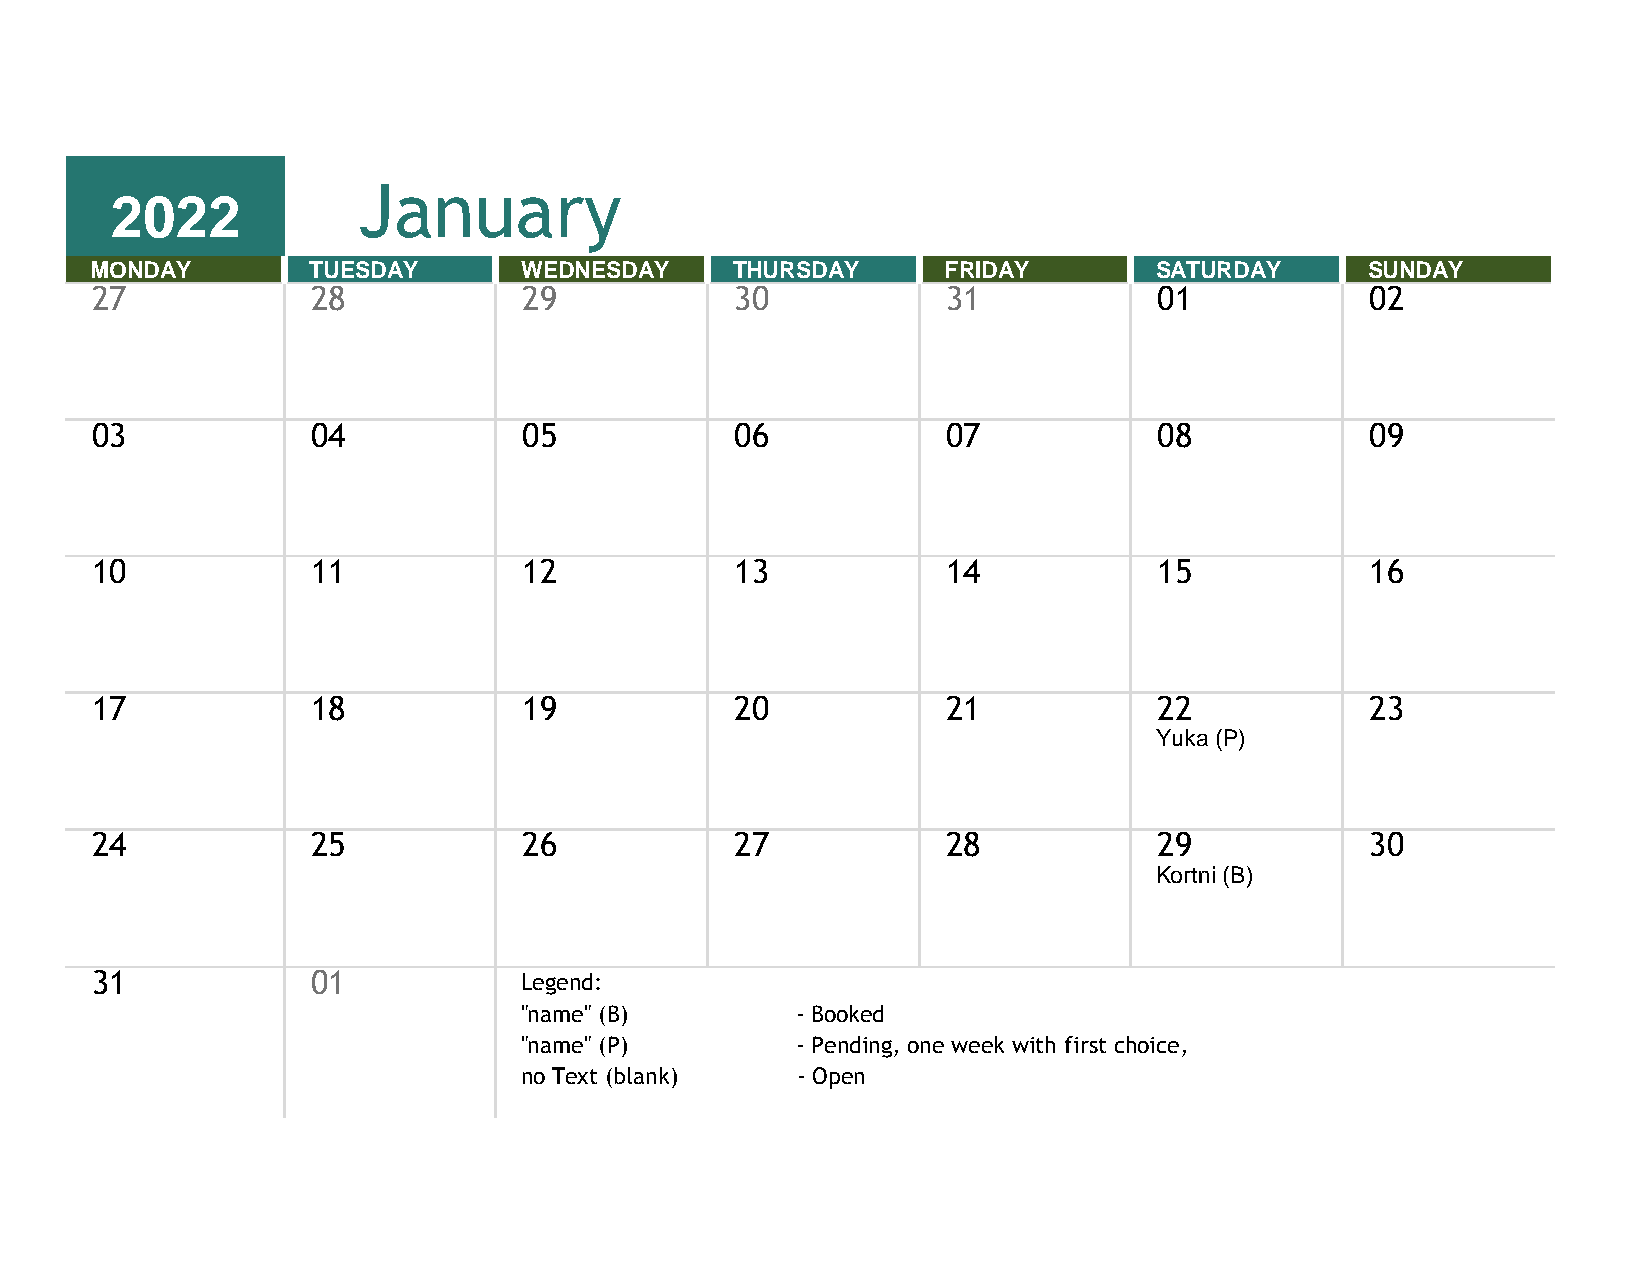
January
 2022
 MONDAY        TUESDAY       WEDNESDAY     THURSDAY      FRIDAY        SATURDAY       SUNDAY
 27             28            29            30            31            01            02
 03             04            05            06            07            08            09
 10             11            12            13            14            15            16
 17             18            19            20            21            22            23
 Yuka (P)
 24             25            26            27            28            29            30
 Kortni (B)
 31             01           Legend:
 "name" (B)         - Booked
 "name" (P)         - Pending, one week with first choice,
 no Text (blank)    - Open